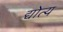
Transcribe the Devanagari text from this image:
द्योत्य